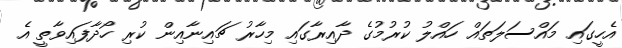
އެހީގައި މައްސަލަތައް ހައްލު ކުރުމުގެ ދާއިރާގައި މިހާރު ޗައިނާއިން ކުރި ހޯދާފައިވާތީ އެ